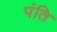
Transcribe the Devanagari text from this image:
पंति